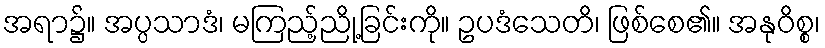
အရာ၌။ အပ္ပသာဒံ၊ မကြည့်ညို့ခြင်းကို။ ဥပဒံသေတိ၊ ဖြစ်စေ၏။ အနုဝိစ္စ၊